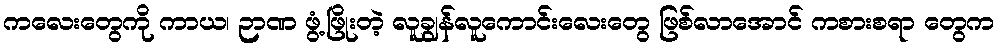
ကလေးတွေကို ကာယ၊ ဉာဏ ဖွံ့ဖြိုးတဲ့ လူချွန်လူကောင်းလေးတွေ ဖြစ်လာအောင် ကစားစရာ တွေက